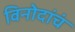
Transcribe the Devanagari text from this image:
विनोदांचं